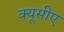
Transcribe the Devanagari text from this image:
क्यूसीए